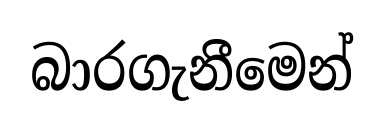
බාරගැනීමෙන්